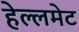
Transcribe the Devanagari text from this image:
हेल्लमेट